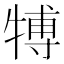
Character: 𤚽